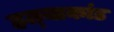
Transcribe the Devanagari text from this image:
हत्‍याकांड